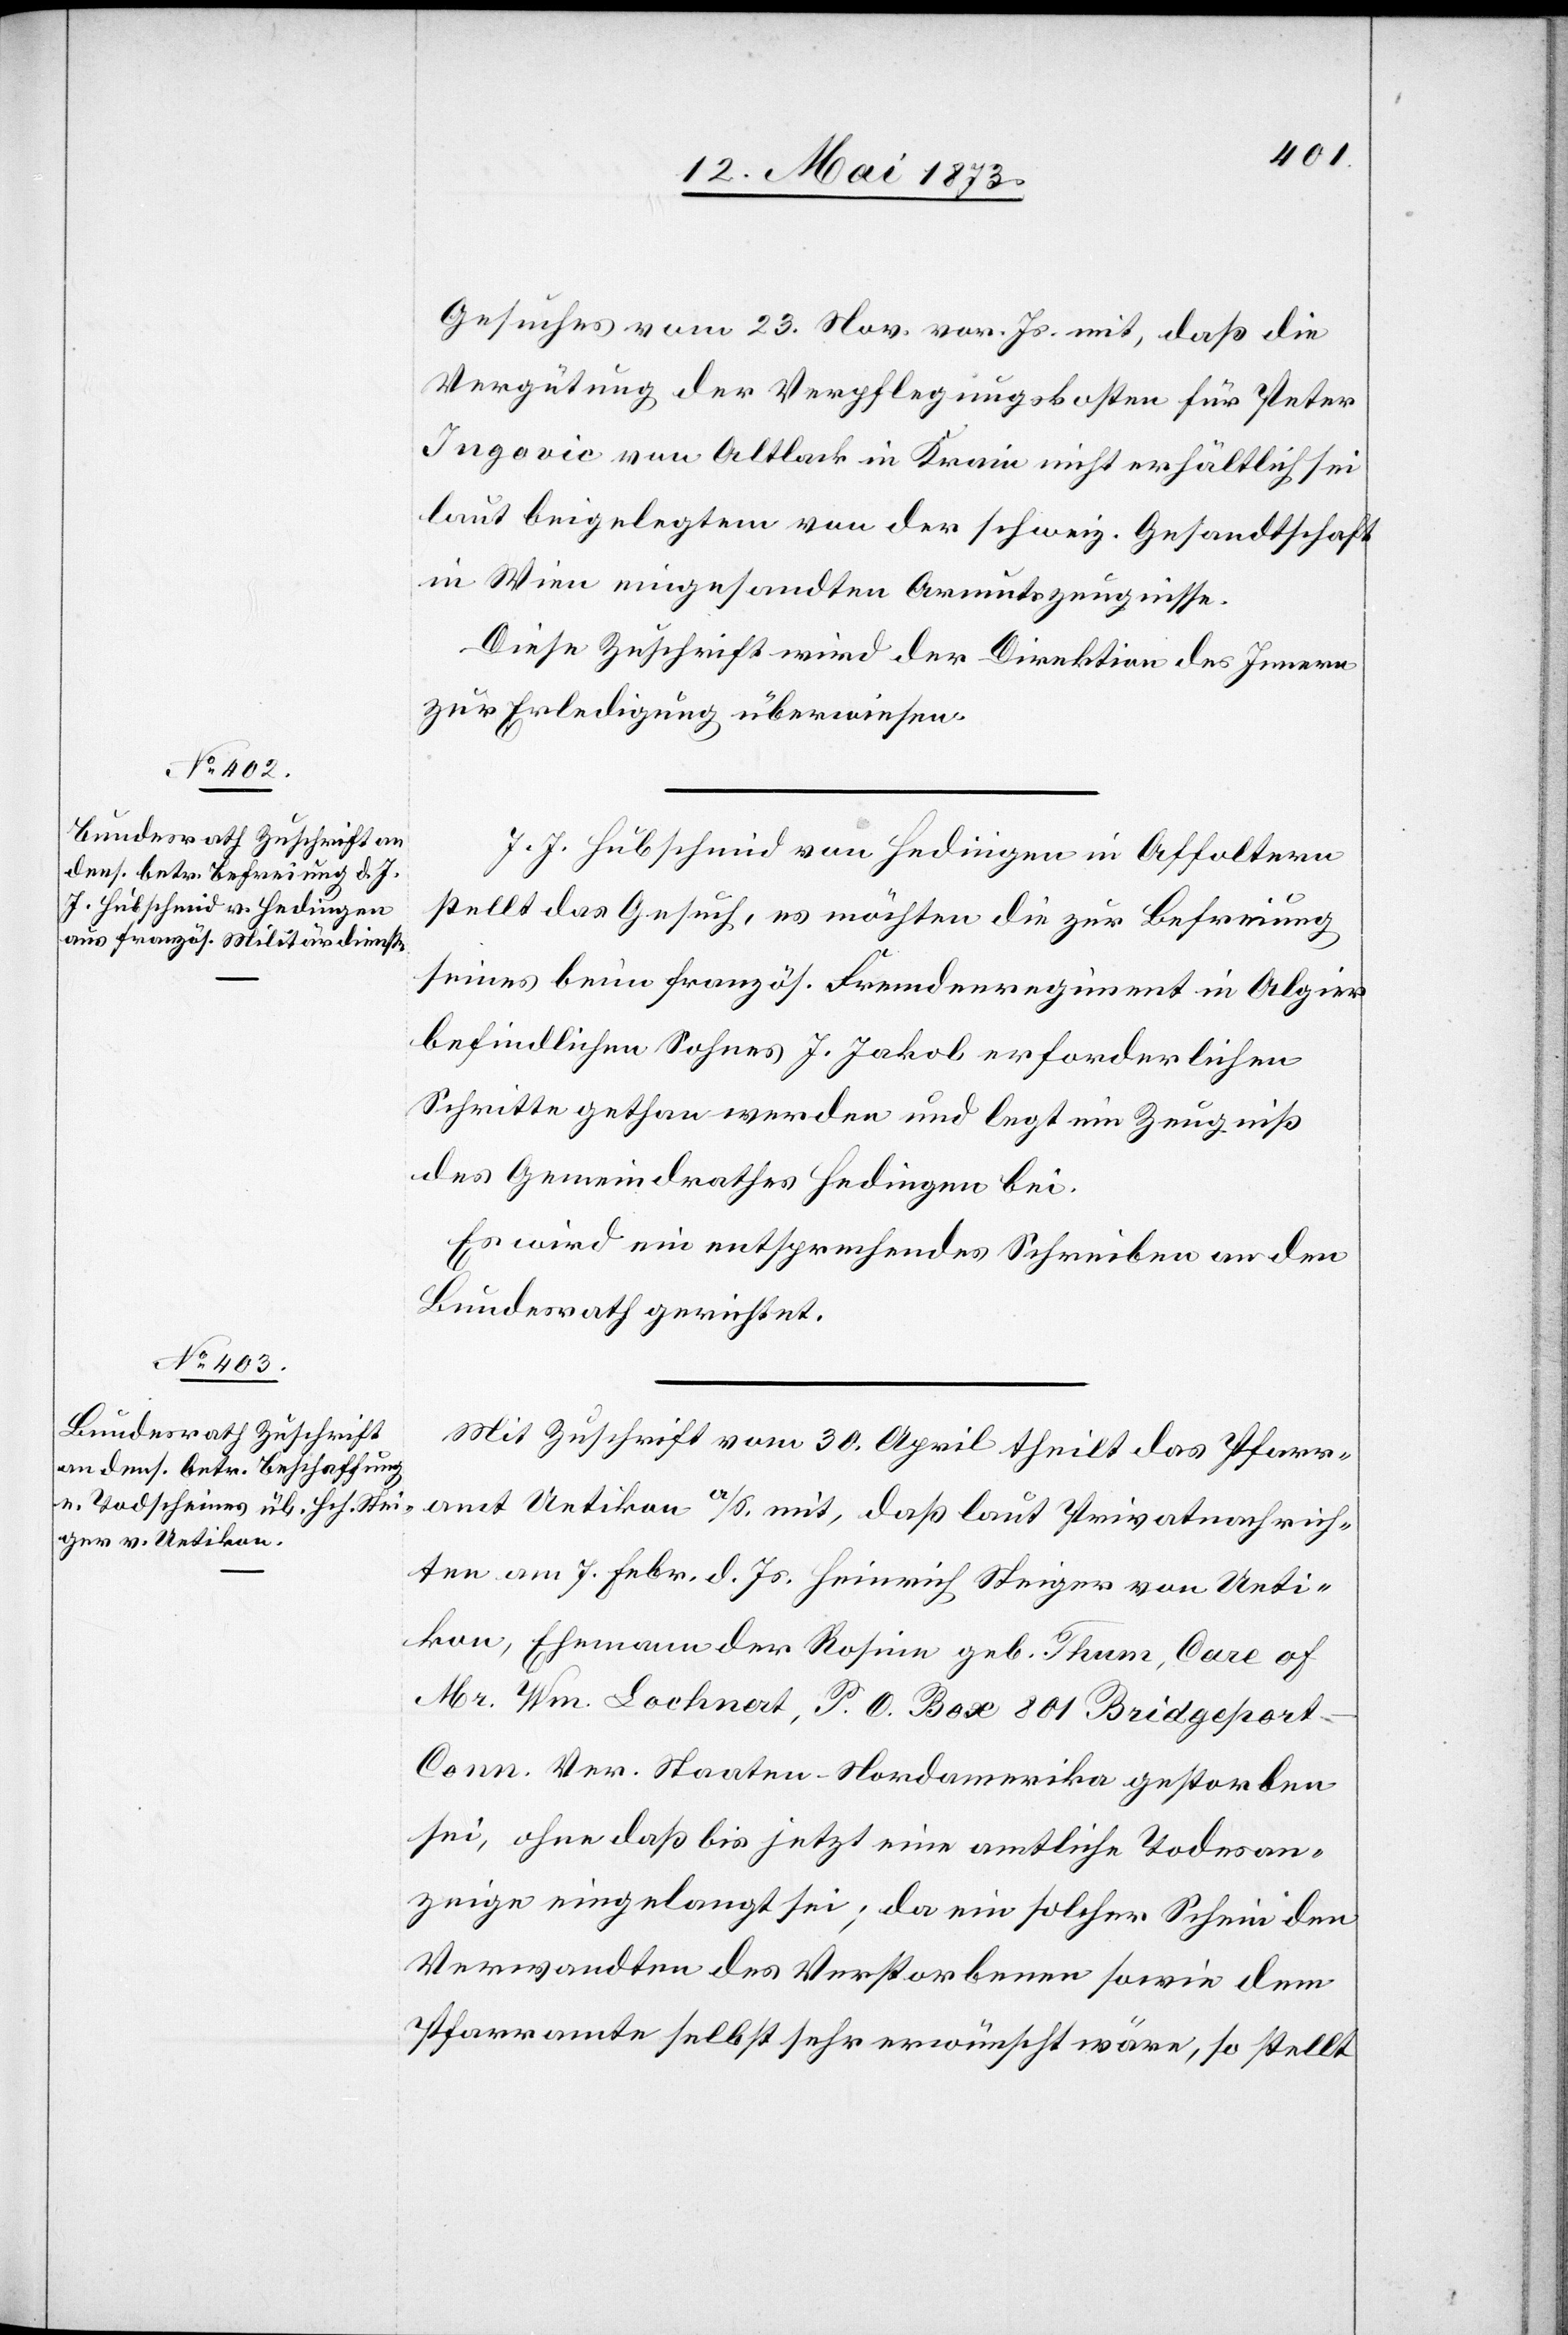
16. Mai 1873.]
Gesuches vom 23. Nov. vor. Js. mit, daß die
Vergütung der Verpflegungskosten für Peter
Ingovic von Altlack in Krain nicht erhältlich sei
laut beigelegtem von der schweiz. Gesandtschaft
in Wien eingesandten Armutszeugnisse.
Diese Zuschrift wird der Direktion des Innern
zur Erledigung überwiesen.
J. J. Hubschmid von Hedingen in Affoltern
stellt das Gesuch, es möchten die zur Befreiung
seines beim französ. Fremdenregiment in Algier
befindlichen Sohnes J. Jakob erforderlichen
Schritte gethan werden und legt ein Zeugniß
des Gemeindrathes Hedingen bei.
Es wird ein entsprechendes Schreiben an den
Bundesrath gerichtet.
Mit Zuschrift vom 30. April theilt das Pfarr¬
amt Uetikon a/S. mit, daß laut Privatnachrich¬
ten am 7. Febr. d. Js. Heinrich Steiger von Ueti¬
kon, Ehemann der Rosine geb. Thum, Care of
Mr. Wm. Locknert, P. O. Box 801 Bridgeport-C¬
onn. Ver. Staaten-Nordamerika gestorben
sei, ohne daß bis jetzt eine amtliche Todesan¬
zeige eingelangt sei; da ein solcher Schein den
Verwandten des Verstorbenen sowie dem
Pfarramte selbst sehr erwünscht wäre, so stellt